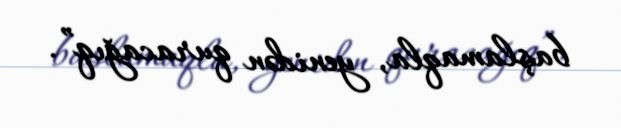
başlamaqla, yenidən quracağıq”.